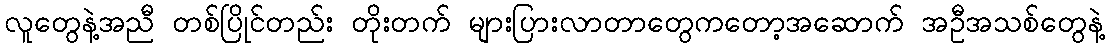
လူတွေနဲ့အညီ တစ်ပြိုင်တည်း တိုးတက် များပြားလာတာတွေကတော့အဆောက် အဦအသစ်တွေနဲ့